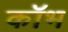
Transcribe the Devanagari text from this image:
कॉभ